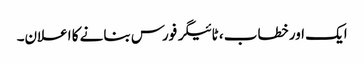
ایک اور خطاب ، ٹائیگر فورس بنانے کا اعلان۔